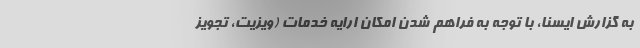
به گزارش ایسنا، با توجه به فراهم شدن امکان ارایه خدمات (ویزیت، تجویز